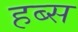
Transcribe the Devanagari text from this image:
हब्स